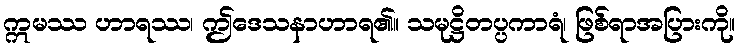
ဣမဿ ဟာရဿ၊ ဤဒေသနာဟာရ၏။ သမုဋ္ဌိတပ္ပကာရံ၊ ဖြစ်ရာအပြားကို။